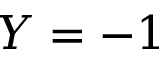
Y = - 1